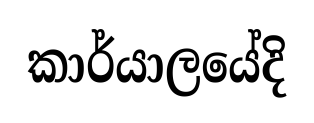
කාර්යාලයේදි